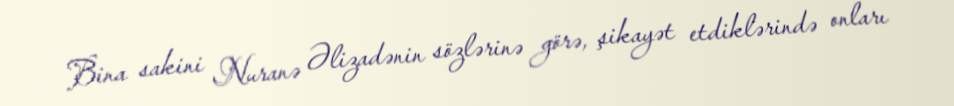
Bina sakini Nuranə Əlizadənin sözlərinə görə, şikayət etdiklərində onları